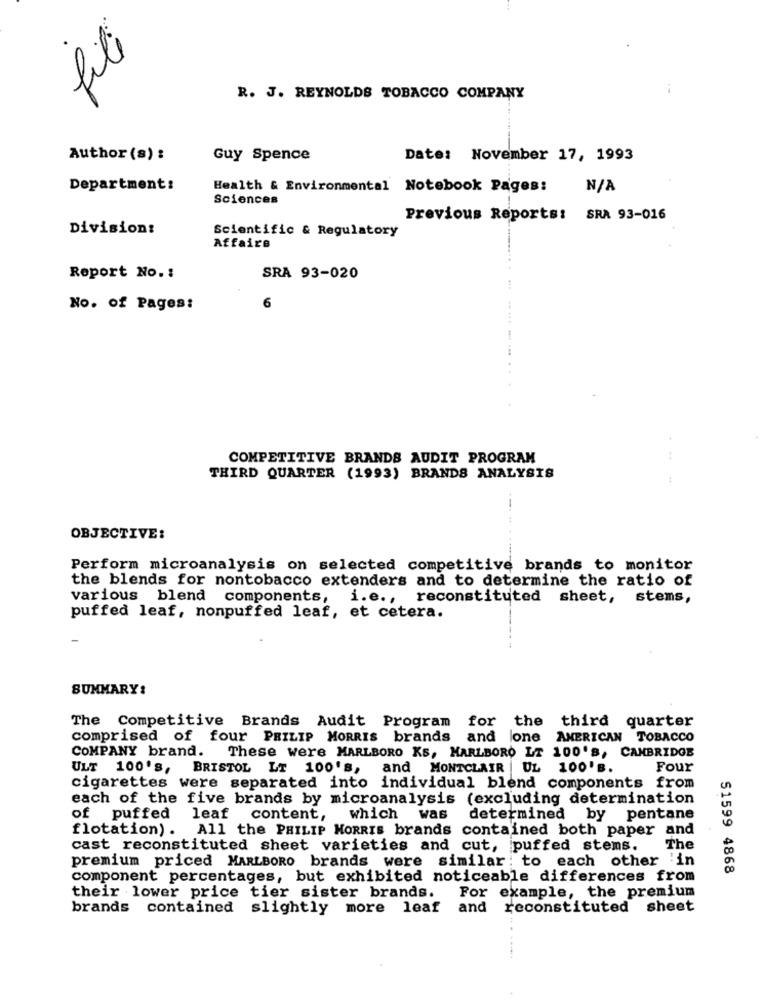
fili
R. J. REYNOLDS TOBACCO COMPANY
Author (s) :
Guy Spence
Date: November 17, 1993
Department:
Health & Environmental Notebook Pages:
Sciences
Previous Reports: SRA 93-016
Division:
Scientific & Regulatory
Affaire
Report No .:
SRA 93-020
6
No. of Pages:
COMPETITIVE BRANDS AUDIT PROGRAM
THIRD QUARTER (1993) BRANDS ANALYSIS
OBJECTIVE:
Perform microanalysis on selected competitive brands to monitor
the blends for nontobacco extenders and to determine the ratio of
various blend components, i.e ., reconstituted sheet, stems,
puffed leaf, nonpuffed leaf, et cetera.
SUMMARY:
The Competitive Brands Audit Program for the third quarter
comprised of four PHILIP MORRIS brands and lone AMERICAN TOBACCO
COMPANY brand. These were MARLBORO KS, MARLBORO LT 100'S, CAMBRIDGE
ULT 100'S,
BRISTOL LT 100'S,
and MONTCLAIR |UL 100'B.
Four
cigarettes were separated into individual blend components from
each of the five brands by microanalysis (excluding determination
of puffed
leaf content, which was
determined by pentane
flotation). All the PHILIP MORRIS brands contained both paper and
cast reconstituted sheet varieties and cut, puffed stems.
The
premium priced MARLBORO brands were similar : to each other in
51599 4868
component percentages, but exhibited noticeable differences from
For example, the premium
their lower price tier sister brands.
brands contained slightly more leaf and
reconstituted sheet